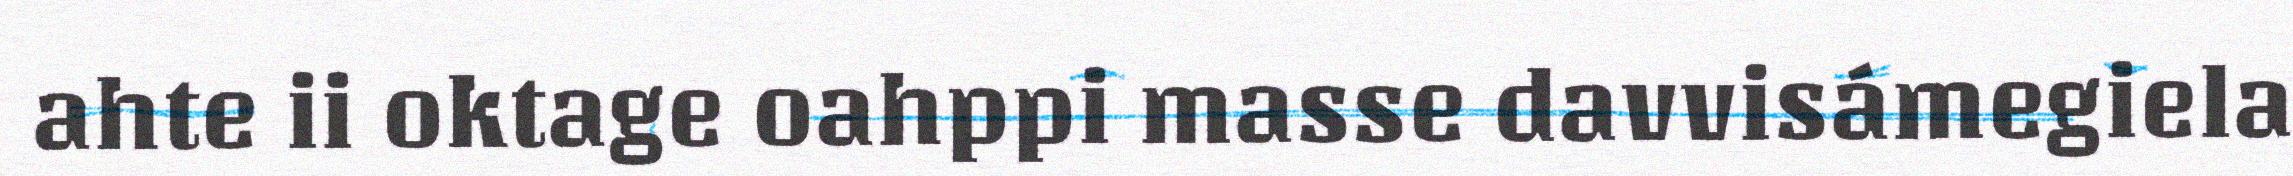
ahte ii oktage oahppi masse davvisámegiela